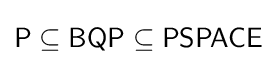
{\mathsf {P\subseteq BQP\subseteq PSPACE}}